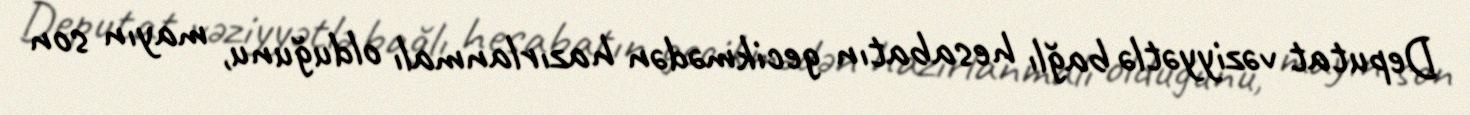
Deputat vəziyyətlə bağlı hesabatın gecikmədən hazırlanmalı olduğunu, mayın son